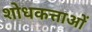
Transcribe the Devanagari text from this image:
शोधकत्ताओं